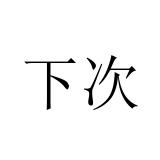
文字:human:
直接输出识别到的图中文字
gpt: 下次